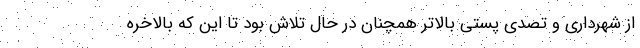
از شهرداری و تصدی پستی بالاتر همچنان در حال تلاش بود تا این که بالاخره